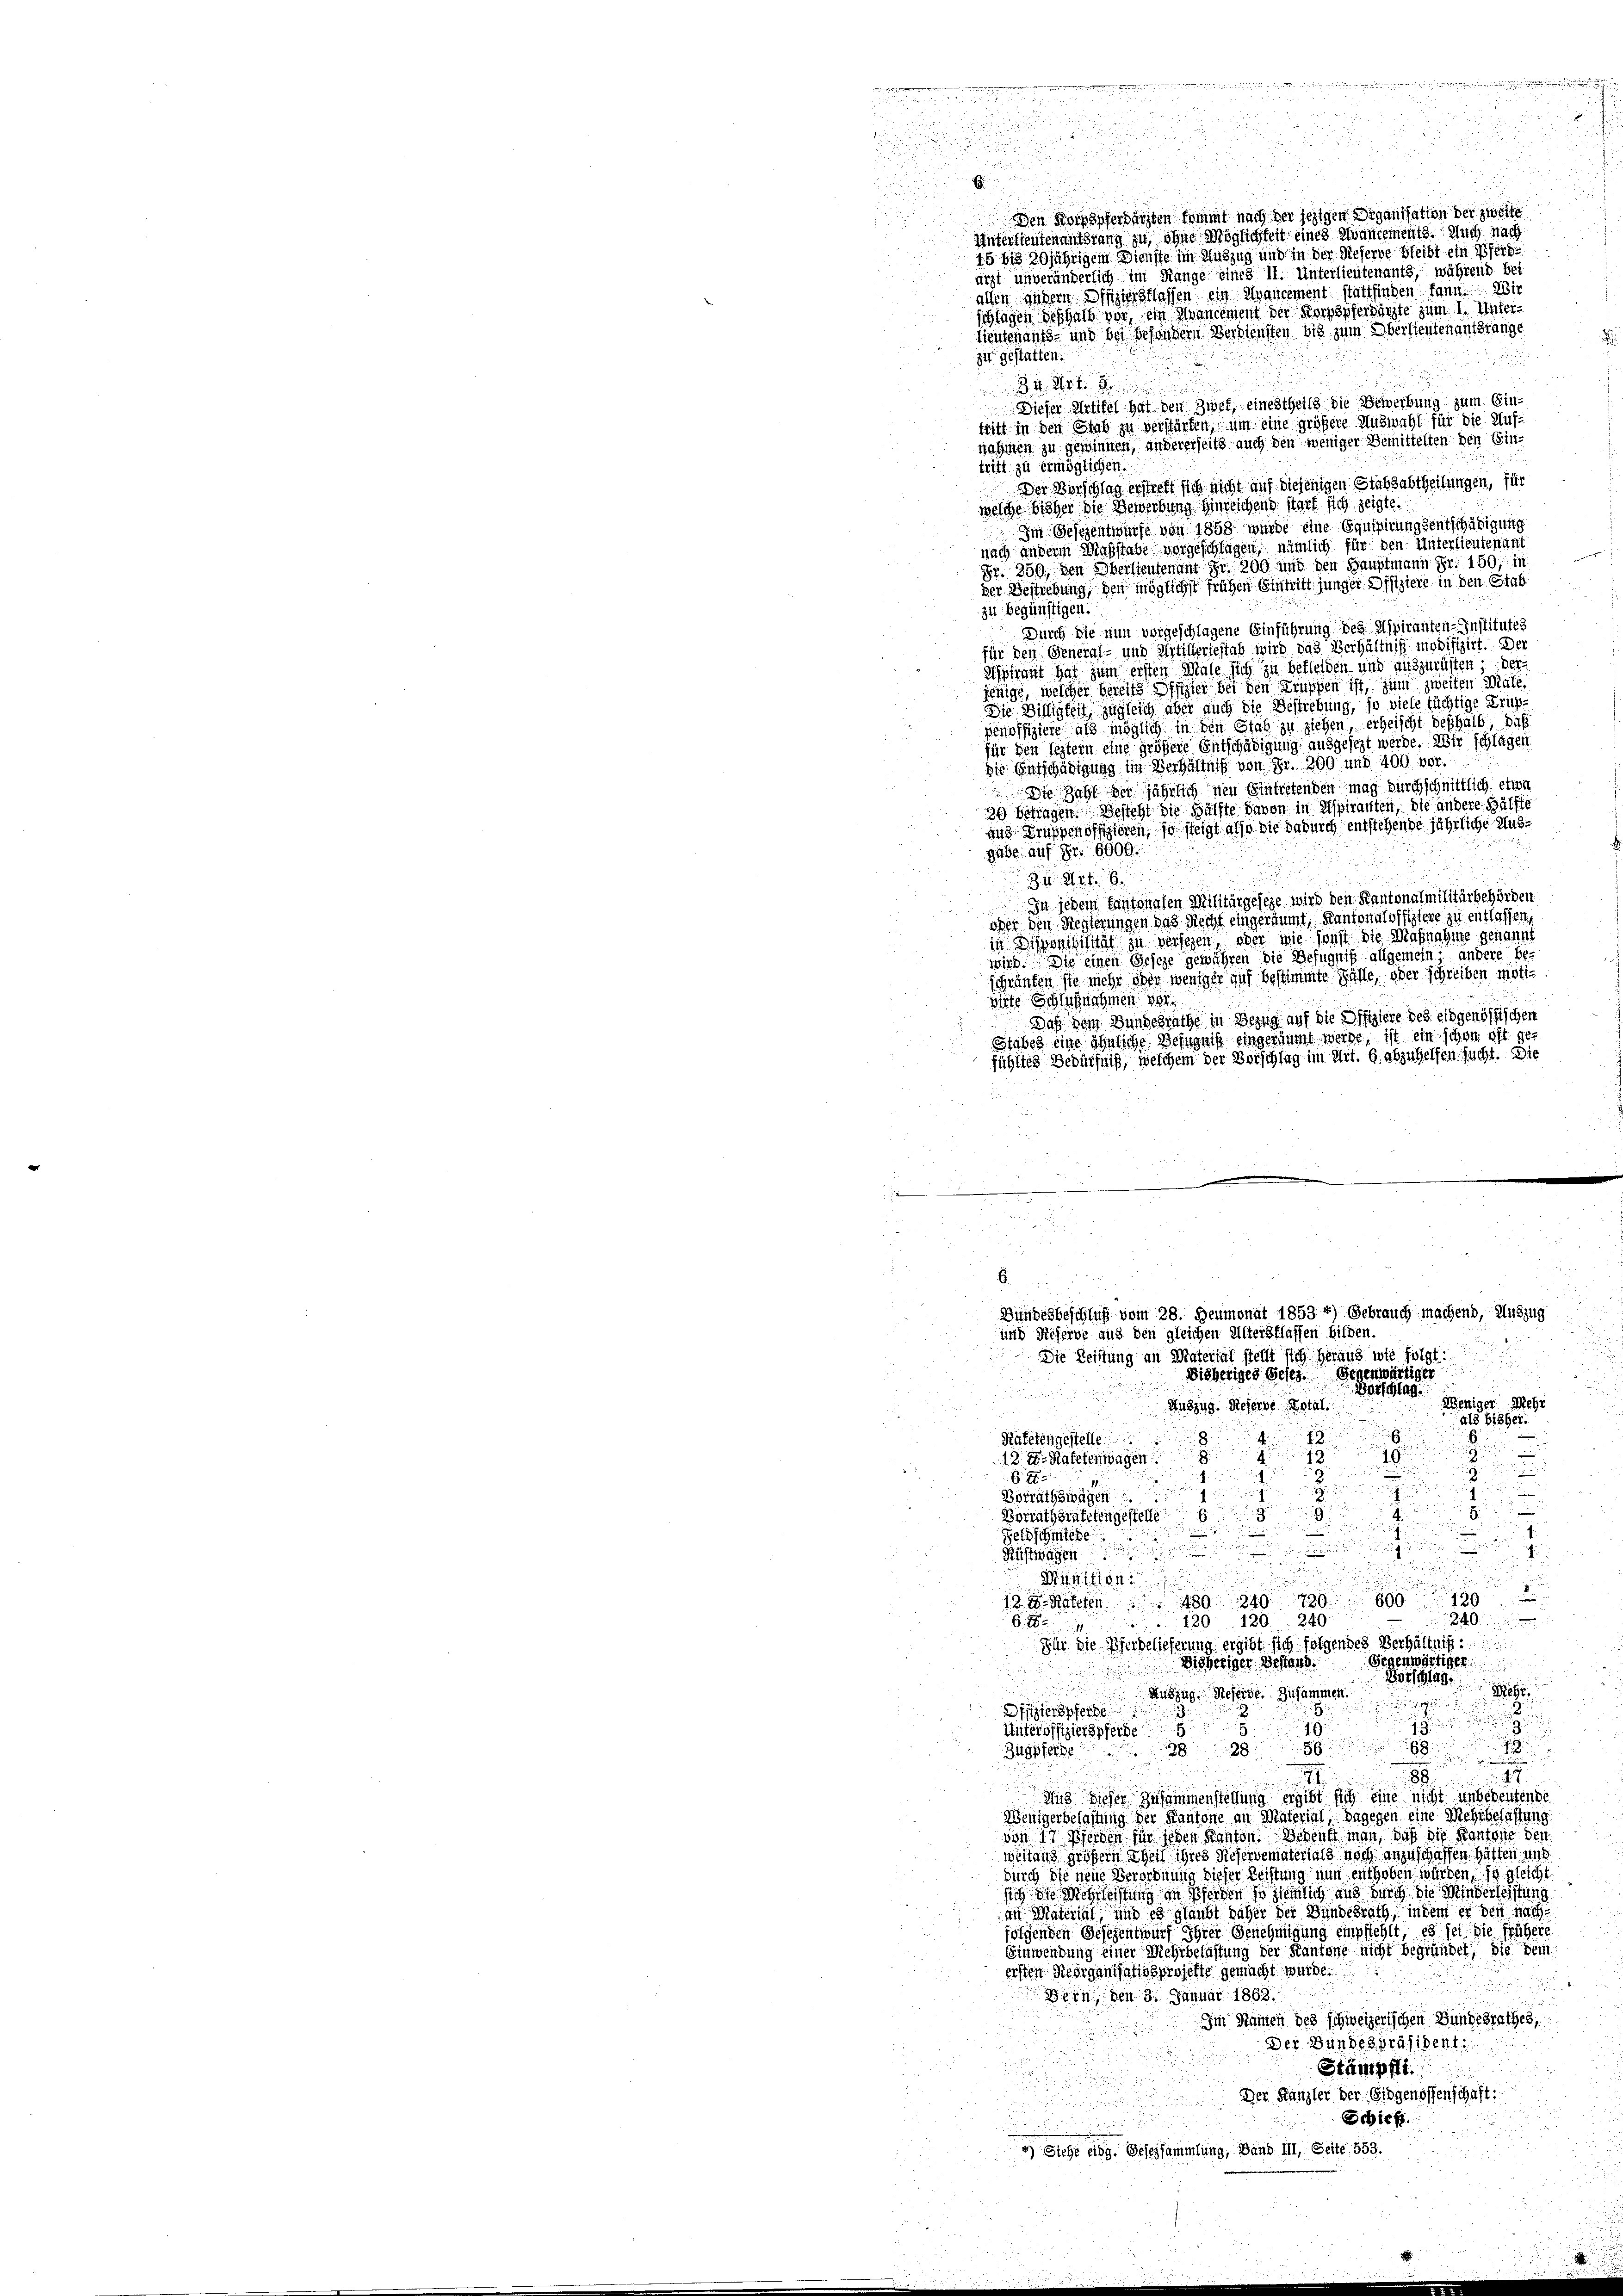
E
den Hochopferdachten kommt nach der jezigen Organisation der zweite
Unterlieutenantsrang zu, ohne Möglichkeit eines evancements. Auch nach
15. bis 30jährigem Dienste im Sitzug und in der Reserve bleibt ein Pferde
arzt unveränderlich im Range eines 11. Unterlieutenants, während bet
allen andern Dritterstlassen ein Mancement stattfinden kann. Wir
schlagen deshalb vor, ein Mancement der Korpspferdächte zum 1. Unterfientenansch- und bei besondern Verdiensten bis zum Oberlieutenantsrange
zit gestatten.
4 Art. 8
Dieser Artikel hat den Ziel, einestheils die Gewerbung zum Eintritt in den Stab zu verstärken, um eine größere Auswahl für die Aufnahmen zu gewinnen, andererseits auch den weniger Bemittelten den Ein-
tritt zu ermöglichen.
Der Vorschlag erstrebt sich nicht auf diejenigen Stabsabtheilungen, für
welche bisher die Gewerbung hinreichend start sich zeigte.
Im Gesezentwurfe von 1858 wurde eine Equipirungsentschädigung
nach anderm Maßstabe vorgeschlagen, nämlich für den Unterlieutenant
Fr. 250, den Oberstentenant Fr. 200 und den Hauptmann Fr. 150, in
der Bestrebung den möglichst frühen Bischeint junger Offiziere in den Stab
zu begünstigen.
Durch die nun vorgeschlagene Einführung des Hipiranten-Institutes
für den General- und Artilleriestab wird das Verhältnis modifizirt. Der
Aspirant hat zum ersten Male sich zu betreiben und auszurüsten der
jenige, welcher bereits Offizier bei den Truppen ist, zum zweiten Male,
Die Billigkeit zugleich aber auch die Bestrebung, so viele tüchtige Truppenoffiziere als möglich in den Stab zu ziehen erheischt deshalb, daß
für den leztern eine größere Entschädigung ausgesezt werde. Wir schlägen
Die Entschädigung im Verhältnis von Fr. 200 und 400 vor.
Die Zahl der jährlich neu Eintretenden mag durchschnittlich etwa
30 betragen. Besteht die Hälfte davon in Aspiranten, die andere Hälfte
aus Krüppenoffizieren, so steigt also die dadurch entstehende jährliche Ausgabe auf Fr. 6000.
Zu S. 26.
In jedem tantonalen Militärgeseze wird den Kantonalmilitärbehörden
.
oher den Regierungen das Recht eingeräumt, Kantonaloffiziere zu entlassen,
in Disponibilität zu versehen, oder wie sonst die Maßnahme genannt
wird. Die einen Geseze gewähren die Befugniß allgemein andere beschränken sie mehr der weniger auf bestimmte Fälle, oder schreiben motimite Schlußnahmen der
Daß dem Bundesrathe in Bezug auf die Offiziere des eidgenössischen
Stabes eine ähnliche Befugniß eingeräumt werde, ist ein schon oft gefühltes Bedürfniß, welchem der Vorschlag im Art. 6 abzuhelfen sucht. Die

.
Disheriges Beses. Gegenwärtiger
Barschlag.
Weniger Mehr
Auszug. Dieserve Dotal.
als bisher.

8
Kratetengestelle
nnischen
u
12
12. Der Katetenwagen

3
h
u
Borrathswägen

Borrathsrütetengestelle

.
d
Feldschmiege

Rüstwagen
.
d
Minition

12. d. Kateten 480 890 780600120
840.
220 120. 240
6. 285
Für die Pferbelieferung ergibt sich folgendes Verhältnis
Gegenwärtiger
Disheriger Behand
Barschlage gege
Auszug, Steierde. Zusammen.
i
sersperge
n
. . . .
19
Unteroffizierspferde
Zugpfer 388
g
g
d
.
Aus dieser Zusammenstellung ergibt sich eine nicht unbedeutende
Wenigerbelastung der Kantone an Material, dagegen eine Mehrbelastung
von 17 Pferden für jeder Kanton. Bedenkt man, daß die Kantone den
weltans größern Theil ihres Reservematerials noch anzuschaffen. Hätten und
durch die neue Verordnung dieser Leistung nun enthoben würden, ja gleicht
sich die Mehrlichtung in Pferden so ziemlich aus durch die Minderleistung
an Material und es glaubt daher der Bundesrath, indem er den nach
folgenden Gesezentwurf Ihrer Genehmigung empfiehlt, es sei die frühere
Einwendung einer Mehrbelastung der Kantone nicht begründet; die dem
ersten Riedigentatis projekte gemacht würde.

Bern den 3. Januar 1863.
Im Namen des schweizerischen Bundesrathes,
Der Bundespräsident
Stämpfli
Der Kanzler der Eidgenossenschaft:
Schief
4) Siehe eidg. Besessammlung, Band III, Seite 553.

n
E
Bundesbeschluß vom 28. Heumonat 1853 4) Gebrauch machend, Auszug
und Sieherbe aus den gleichen Altersflassen bilden.
Die Leistung an Material stellt sich heraus wie folgt:
.